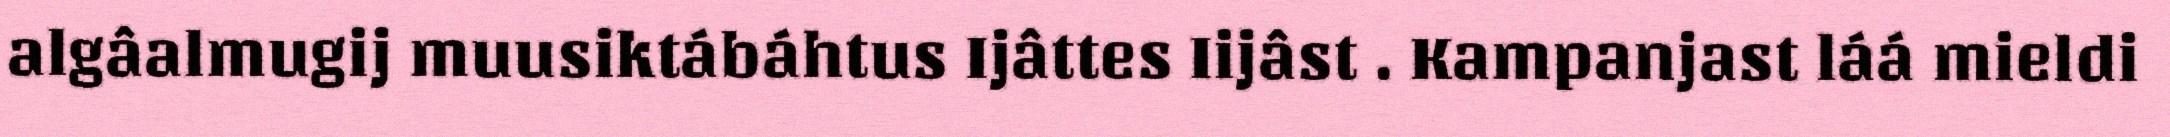
algâalmugij muusiktábáhtus Ijâttes Iijâst . Kampanjast láá mieldi